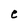
Character: e